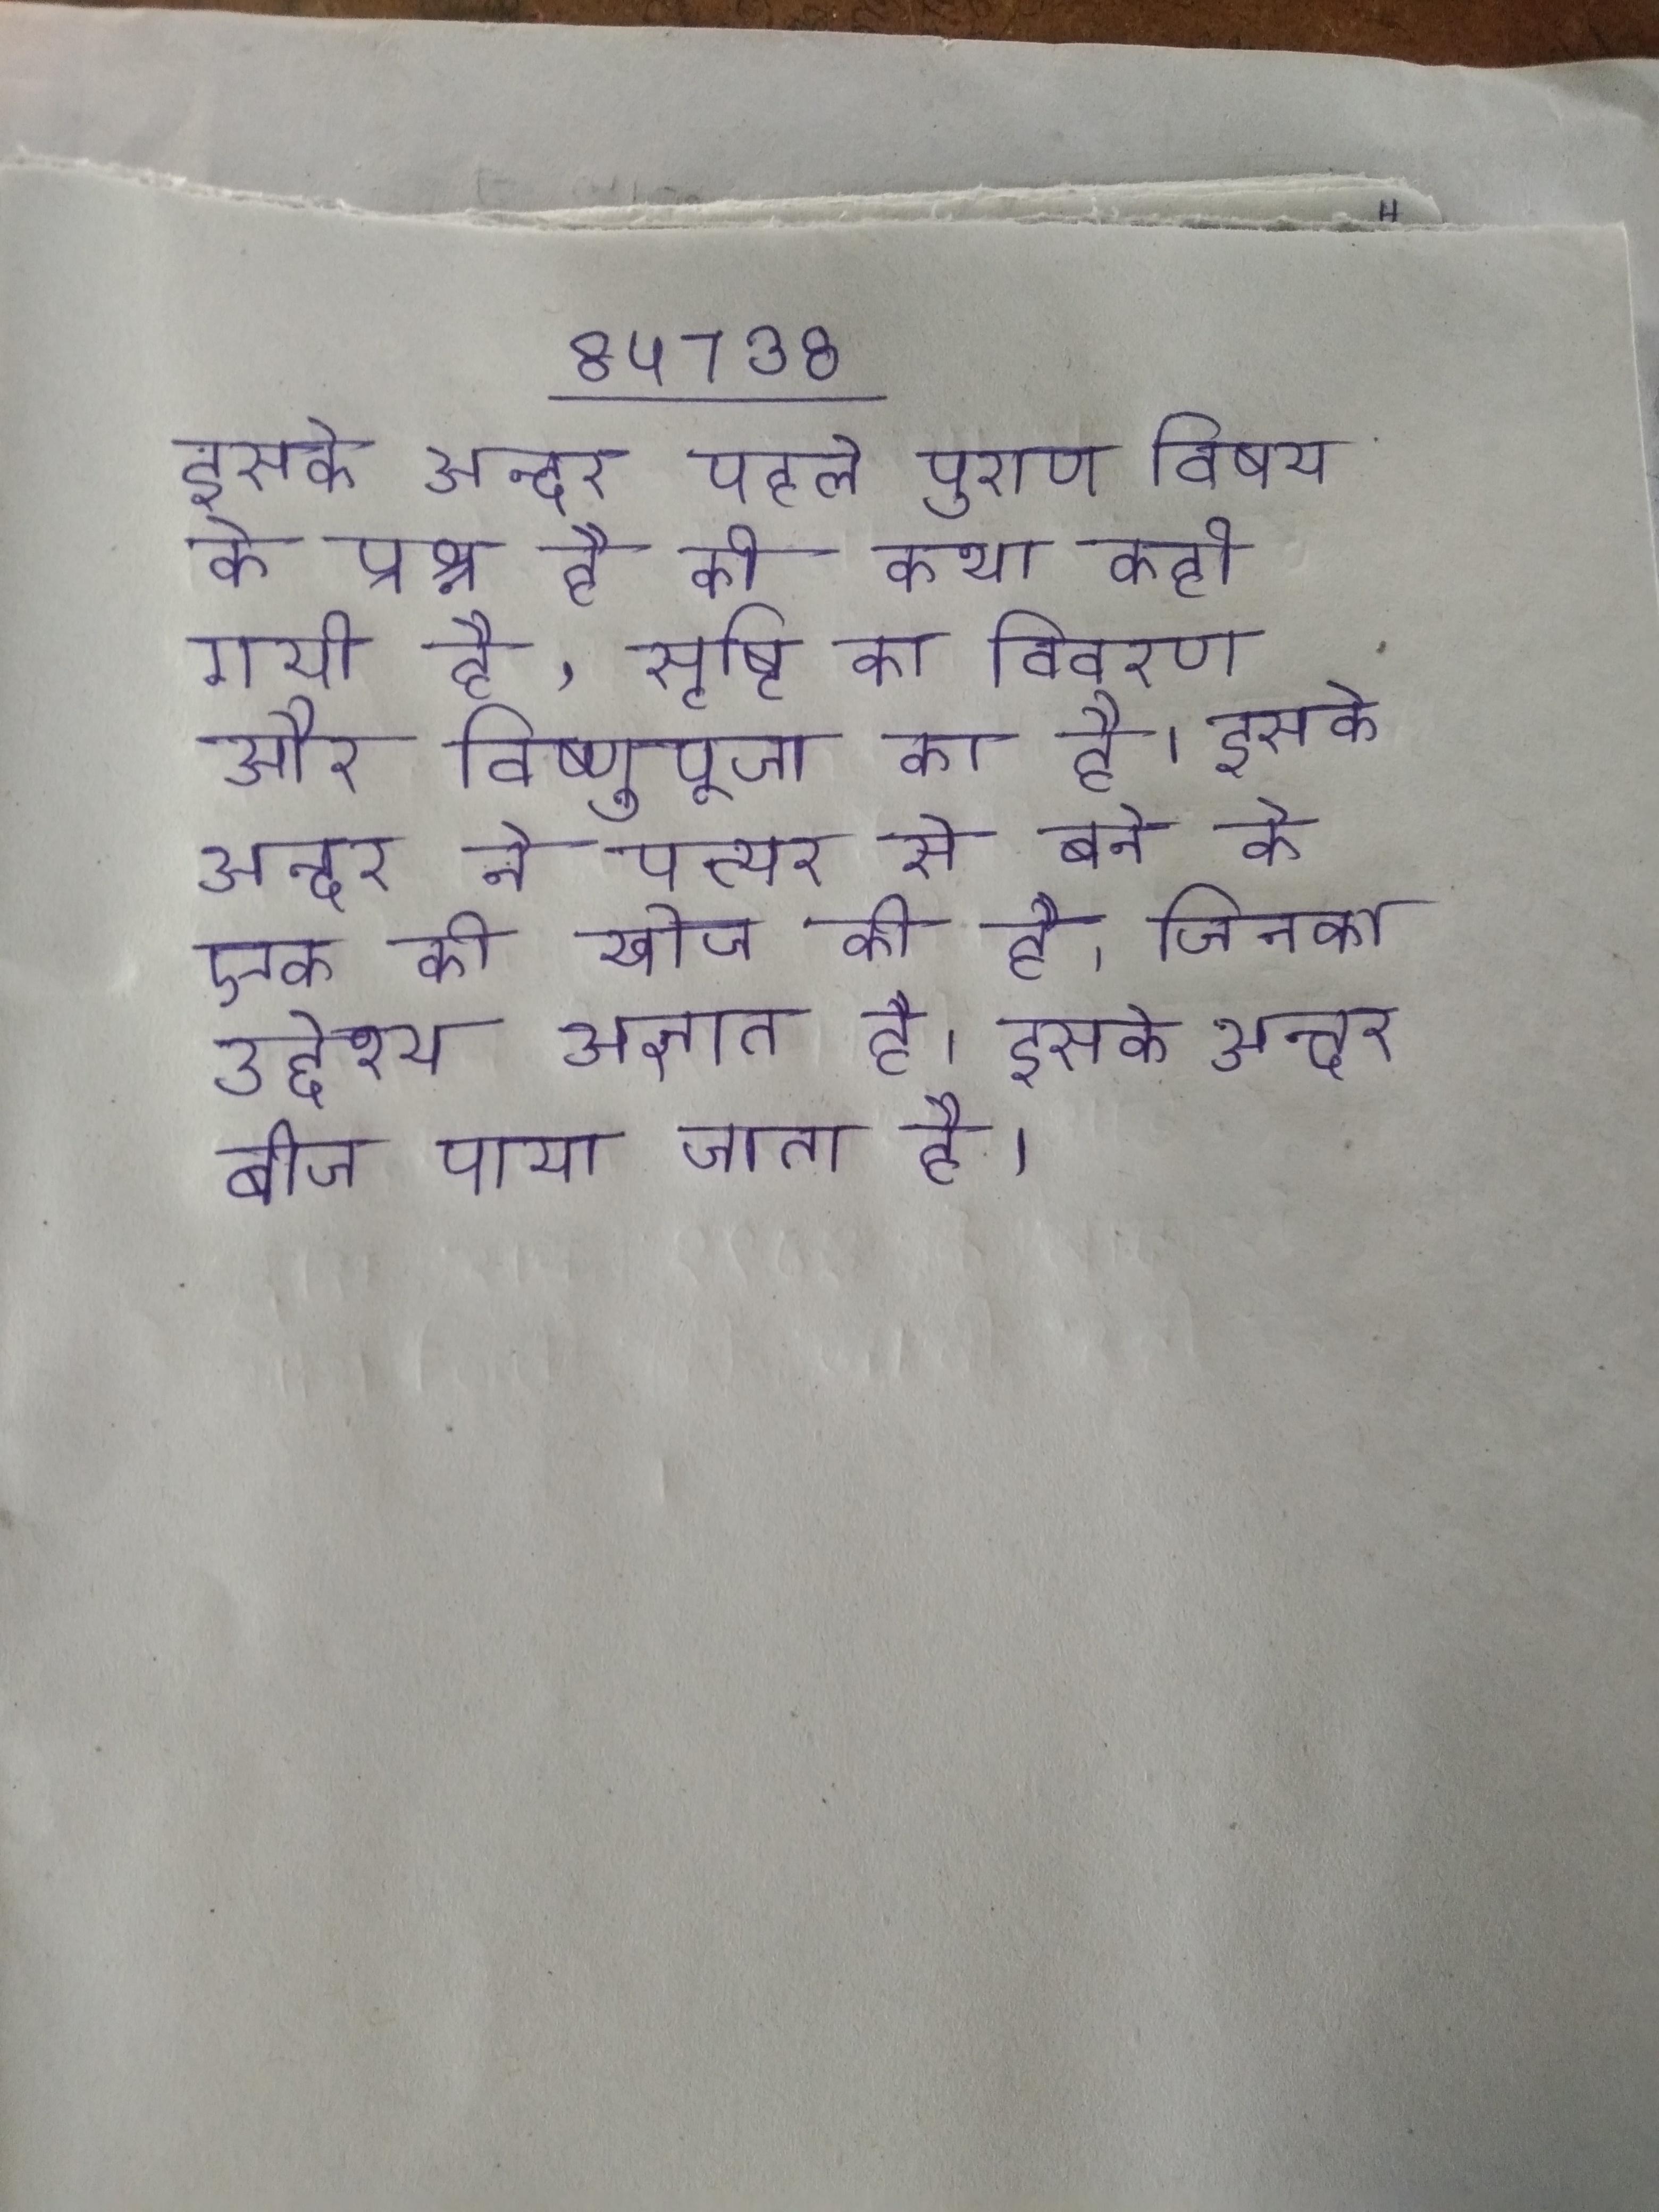
इसके अन्दर पहले पुराण विषय के प्रश्न है की कथा कही गयी है, सृष्टि का विवरण और विष्णुपूजा का है । इसके अन्दर ने पत्थर से बने के एक की खोज की है, जिनका उद्देश्य अज्ञात है । इसके अन्दर बीज पाया जाता है ।